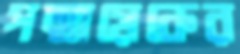
পত্মায়েকের